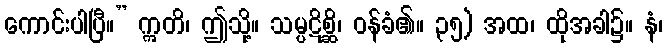
ကောင်းပါပြီ။” ဣတိ၊ ဤသို့။ သမ္ပဋိစ္ဆိ၊ ဝန်ခံ၏။ ၃၅) အထ၊ ထိုအခါ၌။ နံ၊